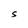
Character: S